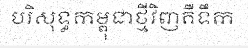
បរិសុទ្ធកម្ពុជាថ្មីវិញគឺទឹក